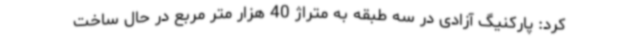
کرد: پارکنیگ آزادی در سه طبقه به متراژ 40 هزار متر مربع در حال ساخت